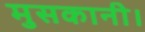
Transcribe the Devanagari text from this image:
मुसकानी।